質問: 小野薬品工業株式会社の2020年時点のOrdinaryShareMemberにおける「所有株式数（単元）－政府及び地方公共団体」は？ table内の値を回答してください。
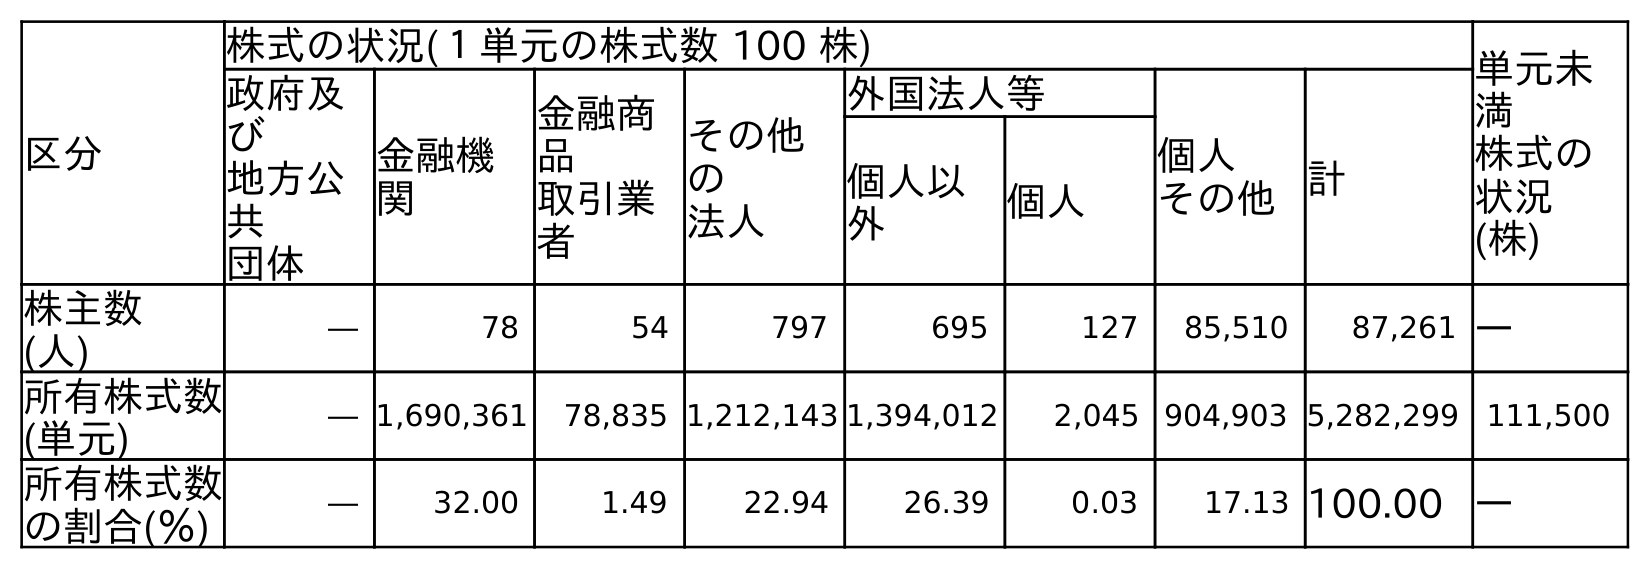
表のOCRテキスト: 区分 株式の状況(１単元の株式数 100 株) 単元未 満 株式の 状況 (株) 政府及 び 地方公 共 団体 金融機 関 金融商 品 取引業 者 その他 の 法人 外国法人等 個人 その他計 個人以 外 個人 株主数 (人) ― 78 54 797 695 127 85,510 87,261 ― 所有株式数 (単元) ― 1,690,361 78,835 1,212,143 1,394,012 2,045 904,903 5,282,299 111,500 所有株式数 の割合(％) ― 32.00 1.49 22.94 26.39 0.03 17.13 100.00 ―
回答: ―